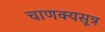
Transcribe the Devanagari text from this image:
चाणक्यसूत्र